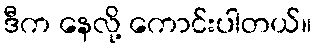
ဒီက နေလို့ ကောင်းပါတယ်။